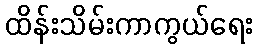
ထိန်းသိမ်းကာကွယ်ရေး